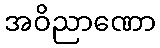
အဝိညာဏော